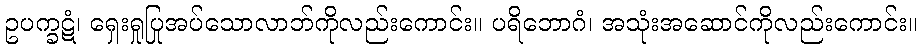
ဥပက္ခဋံ၊ ရှေးရှုပြုအပ်သောလာဘ်ကိုလည်းကောင်း။ ပရိဘောဂံ၊ အသုံးအဆောင်ကိုလည်းကောင်း။